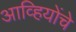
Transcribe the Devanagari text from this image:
आव्हियोंचे